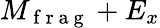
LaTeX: M_{\mathrm{~f~r~a~g~}}+E_{x}